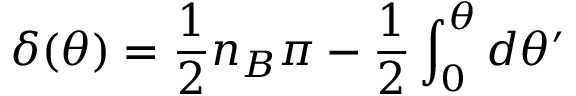
\delta ( \theta ) = \frac 1 2 n _ { B } \pi - \frac 1 2 \int _ { 0 } ^ { \theta } d \theta ^ { \prime }